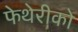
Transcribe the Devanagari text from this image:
फेथेरीको